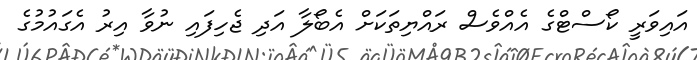
އައިވަރީ ކޯސްޓްގެ އެއްވެސް ރައްޔިތަކަށް އެބޯލާ އަދި ޖެހިފައި ނުވާ އިރު އެގައުމުގެ